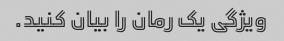
ویژگی یک رمان را بیان کنید.